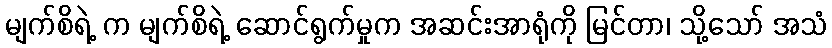
မျက်စိရဲ့ က မျက်စိရဲ့ ဆောင်ရွက်မှုက အဆင်းအာရုံကို မြင်တာ၊ သို့သော် အသံ